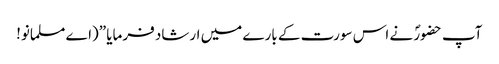
آپ حضورؐ نے اس سورت کے بارے میں ارشاد فرمایا ”(اے مسلمانو!